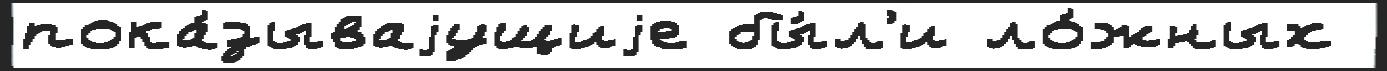
пока́зываjущиjе бы́л'и ло́жных